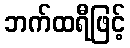
ဘက်ထရီဖြင့်